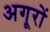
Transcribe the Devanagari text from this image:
अगूरों